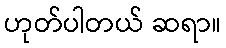
ဟုတ်ပါတယ် ဆရာ။